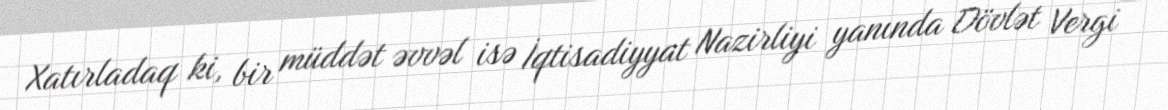
Xatırladaq ki, bir müddət əvvəl isə İqtisadiyyat Nazirliyi yanında Dövlət Vergi